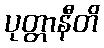
ပုတ္တာနီတိ